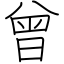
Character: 曾